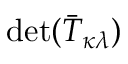
\operatorname* { d e t } ( { \bar { T } } _ { \kappa \lambda } )